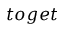
t o g e t